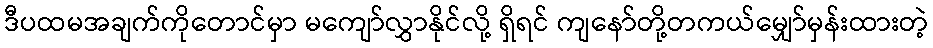
ဒီပထမအချက်ကိုတောင်မှာ မကျော်လွှာနိုင်လို့ ရှိရင် ကျနော်တို့တကယ်မျှော်မှန်းထားတဲ့